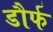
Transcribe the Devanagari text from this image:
डौर्फ